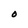
Character: 0